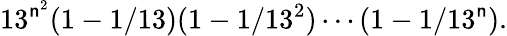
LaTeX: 13^{\mathsf{n}^{2}}(1-1/13)(1-1/13^{2})\cdots(1-1/13^{\mathsf{n}}).